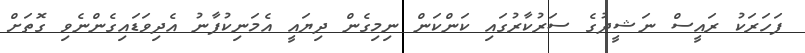
ފަހަރަކު ރައީސް ނަޝީދުގެ ސަރުކާރުގައި ކަންކަން ނިމިގެން ދިޔައީ އެމަނިކުފާނު އެދިވަޑައިގެންނެވި ގޮތަށް